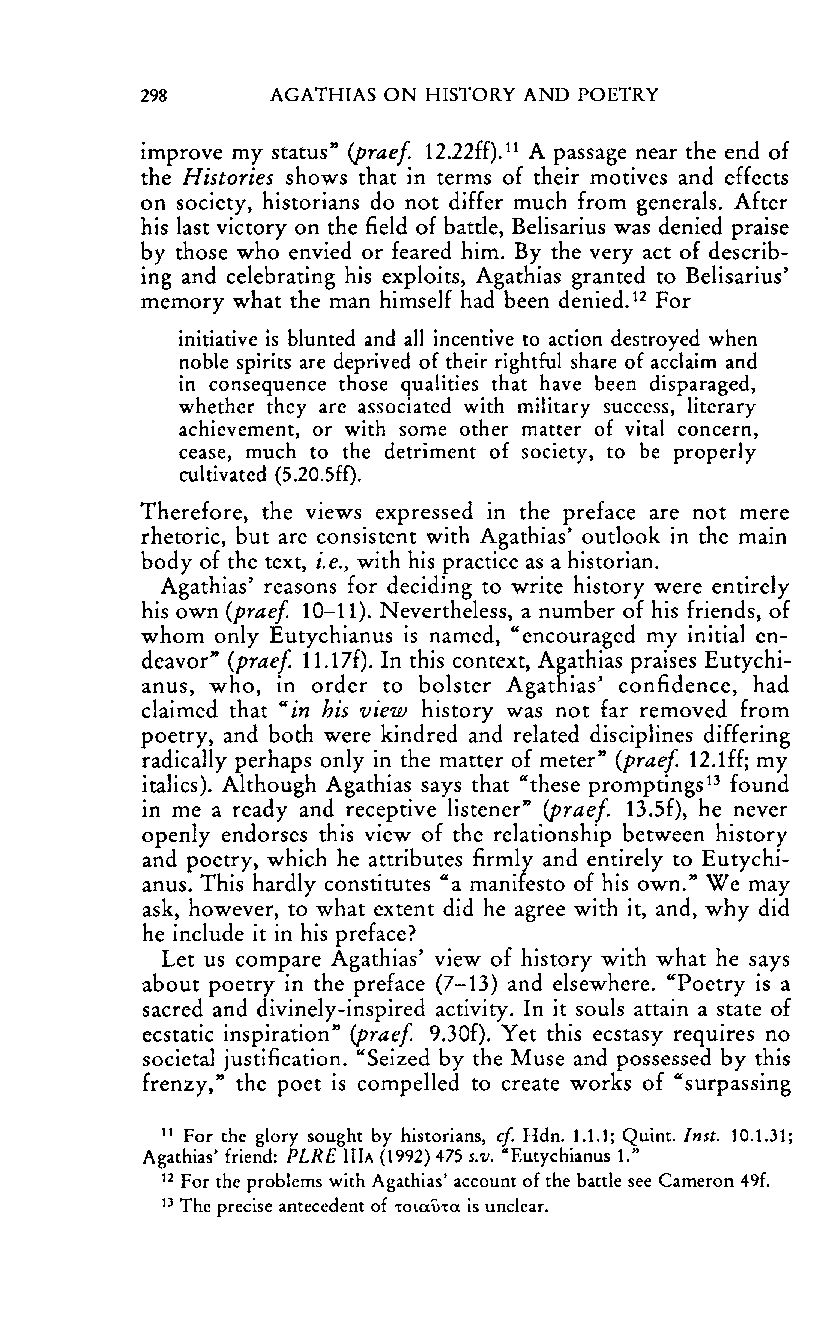
298      AGATHIAS ON HISTORY AND POETRY
 improve my status" (praef 12.22ff).11 A passage near the end of
 the Histories shows that in terms of their motives and effects
 on society, historians do not differ much from generals. After
 his last victory on the field of battle, Belisarius was denied praise
 by those who envied or feared him. By the very act of describ
 ing and celebrating his exploits, Agathias granted to Belisarius'
 12
 memory what the man himself had been denied. For
 initiative is blunted and all incentive to action destroyed when
 noble spirits are deprived of their rightful share of acclaim and
 in consequence those qualities that have been disparaged,
 whether they are associated with military success, literary
 achievement, or with some other matter of vital concern,
 cease, much to the detriment of society, to be properly
 cultivated (5.20.5ff).
 Therefore, the views expressed in the preface are not mere
 rhetoric, but are consistent with Agathias' outlook in the main
 body of the text, i.e., with his practice as a historian.
 Agathias' reasons for deciding to write history were entirely
 his own (praef 10-11). Nevertheless, a number of his friends, of
 whom only Eutychianus is named, "encouraged my initial en
 deavor" (praef 11.17f). In this context, Agathias praises Eutychi
 anus, who, in order to bolster Agathias' confidence, had
 claimed that" in his view history was not far removed from
 poetry, and both were kindred and related disciplines differing
 radically perhaps only in the matter of meter" (praef 12.1ff; my
 italics). Although Agathias says that "these promptings13 found
 in me a ready and receptive listener" (praef 13.Sf), he never
 openly endorses this view of the relationship between history
 and poetry, which he attributes firmly and entirely to Eutychi
 anus. This hardly constitutes "a manifesto of his own." We may
 ask, however, to what extent did he agree with it, and, why did
 he include it in his preface?
 Let us compare Agathias' view of history with what he says
 about poetry in the preface (7-13) and elsewhere. "Poetry is a
 sacred and divinely-inspired activity. In it souls attain a state of
 ecstatic inspiration" (praef 9.30f). Yet this ecstasy requires no
 societal justification. "Seized by the Muse and possessed by this
 frenzy," the poet is compelled to create works of "surpassing
 11 For the glory sought by historians, cf Hdn. 1.1.1; Quint. In st. 10.1.31;
 Agathias' friend: PLRE IlIA (1992) 475 S.7I. -Eutychianus 1."
 12 For the problems with Agathias' account of the battle see Cameron 49f.
 13 The precise antecedent of 'tOtUU'tu is unclear.
 Reproduced with permission of the copyright owner. Further reproduction prohibited without permission.